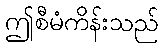
ဤစီမံကိန်းသည်